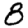
Digit: 8